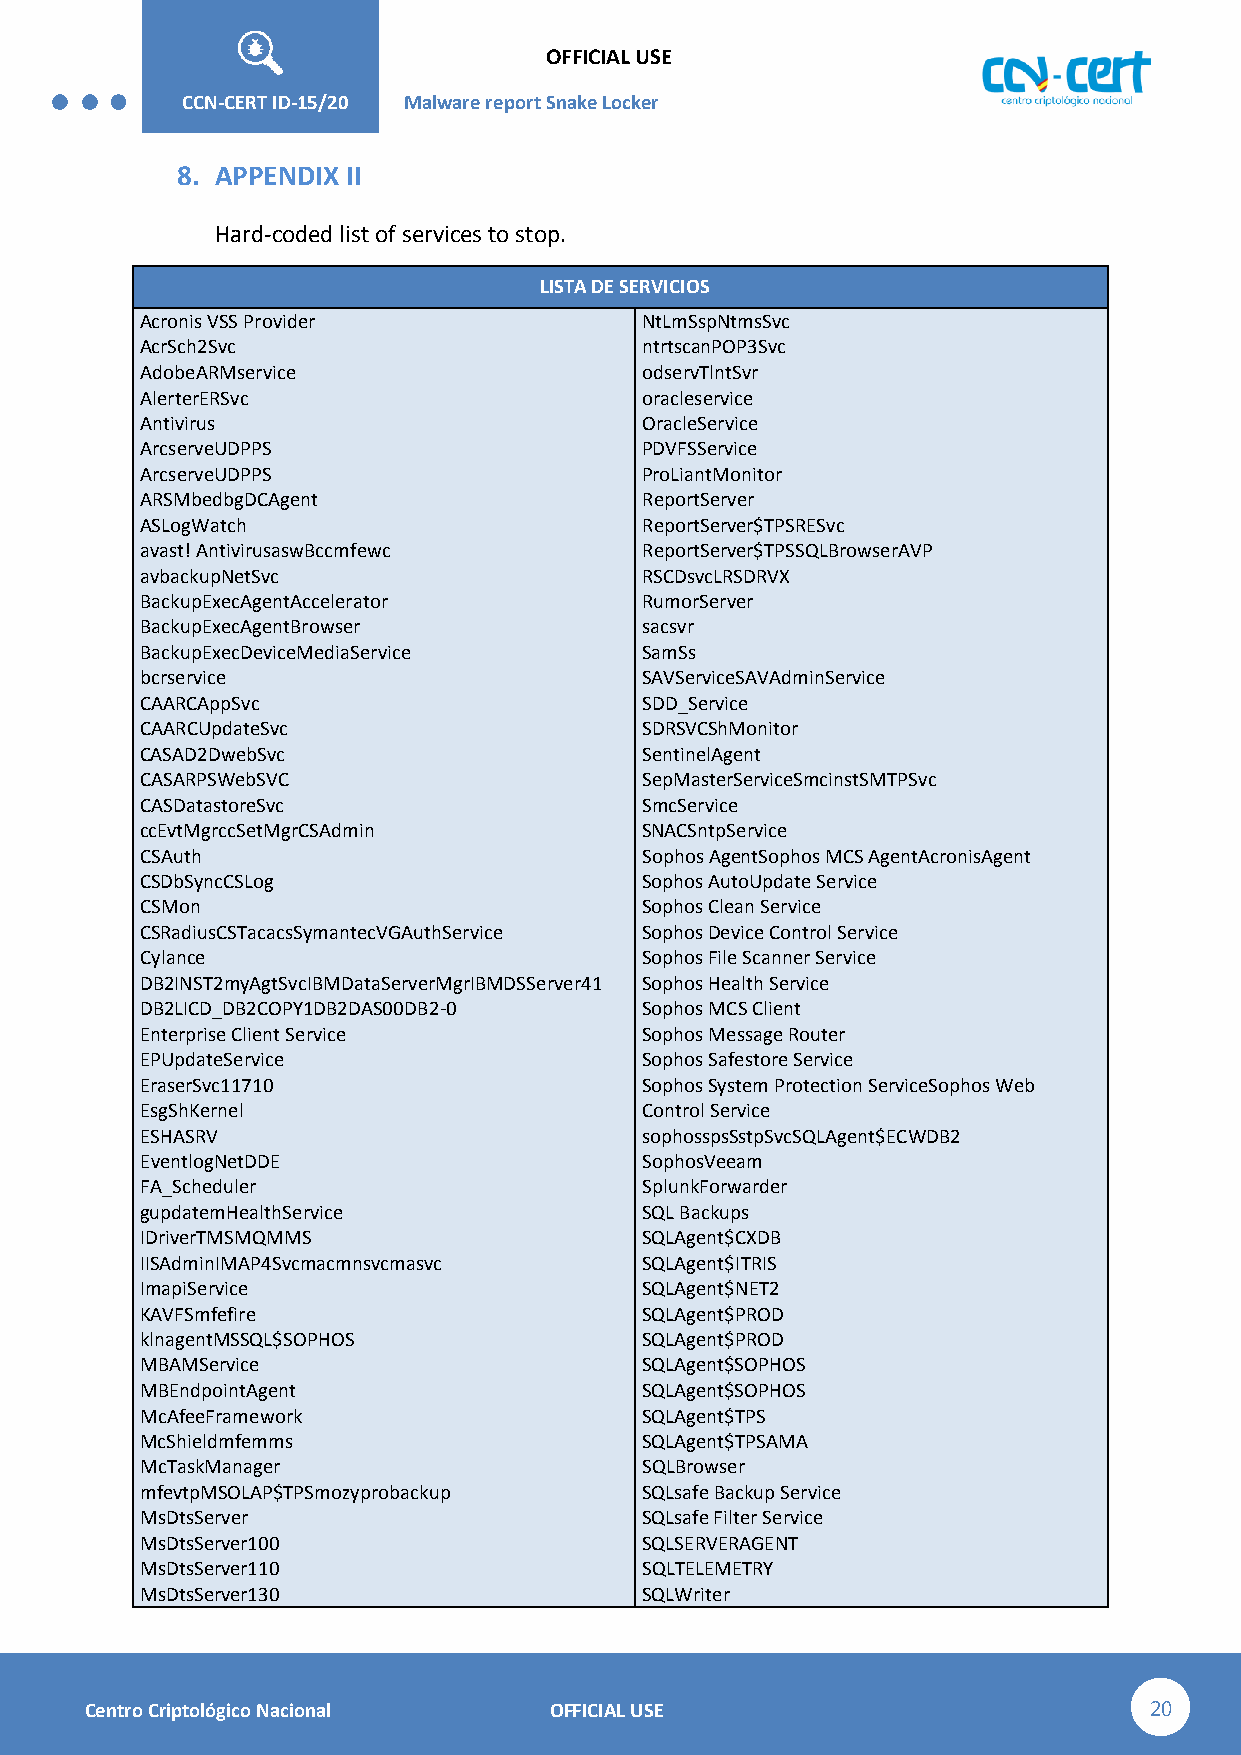
OFFICIAL USE
 CCN-STIC-
 426        CCN-CERT ID-15/20 Malware report Snake Lo cker
 8. APPENDIX II
 Hard-coded list of services to stop.
 LISTA DE SERVICIOS
 Acronis VSS Provider              NtLmSspNtmsSvc
 AcrSch2Svc                        ntrtscanPOP3Svc
 AdobeARMservice                   odservTlntSvr
 AlerterERSvc                      oracleservice
 Antivirus                         OracleService
 ArcserveUDPPS                     PDVFSService
 ArcserveUDPPS                     ProLiantMonitor
 ARSMbedbgDCAgent                  ReportServer
 ASLogWatch                        ReportServer$TPSRESvc
 avast! AntivirusaswBccmfewc       ReportServer$TPSSQLBrowserAVP
 avbackupNetSvc                    RSCDsvcLRSDRVX
 BackupExecAgentAccelerator        RumorServer
 BackupExecAgentBrowser            sacsvr
 BackupExecDeviceMediaService      SamSs
 bcrservice                        SAVServiceSAVAdminService
 CAARCAppSvc                       SDD_Service
 CAARCUpdateSvc                    SDRSVCShMonitor
 CASAD2DwebSvc                     SentinelAgent
 CASARPSWebSVC                     SepMasterServiceSmcinstSMTPSvc
 CASDatastoreSvc                   SmcService
 ccEvtMgrccSetMgrCSAdmin           SNACSntpService
 CSAuth                            Sophos AgentSophos MCS AgentAcronisAgent
 CSDbSyncCSLog                     Sophos AutoUpdate Service
 CSMon                             Sophos Clean Service
 CSRadiusCSTacacsSymantecVGAuthService Sophos Device Control Service
 Cylance                           Sophos File Scanner Service
 DB2INST2myAgtSvcIBMDataServerMgrIBMDSServer41 Sophos Health Service
 DB2LICD_DB2COPY1DB2DAS00DB2-0     Sophos MCS Client
 Enterprise Client Service         Sophos Message Router
 EPUpdateService                   Sophos Safestore Service
 EraserSvc11710                    Sophos System Protection ServiceSophos Web
 EsgShKernel                       Control Service
 ESHASRV                           sophosspsSstpSvcSQLAgent$ECWDB2
 EventlogNetDDE                    SophosVeeam
 FA_Scheduler                      SplunkForwarder
 gupdatemHealthService             SQL Backups
 IDriverTMSMQMMS                   SQLAgent$CXDB
 IISAdminIMAP4Svcmacmnsvcmasvc     SQLAgent$ITRIS
 ImapiService                      SQLAgent$NET2
 KAVFSmfefire                      SQLAgent$PROD
 klnagentMSSQL$SOPHOS              SQLAgent$PROD
 MBAMService                       SQLAgent$SOPHOS
 MBEndpointAgent                   SQLAgent$SOPHOS
 McAfeeFramework                   SQLAgent$TPS
 McShieldmfemms                    SQLAgent$TPSAMA
 McTaskManager                     SQLBrowser
 mfevtpMSOLAP$TPSmozyprobackup     SQLsafe Backup Service
 MsDtsServer                       SQLsafe Filter Service
 MsDtsServer100                    SQLSERVERAGENT
 MsDtsServer110                    SQLTELEMETRY
 MsDtsServer130                    SQLWriter
 Centro Criptológico Nacional  OFFICIAL USE                            20